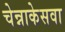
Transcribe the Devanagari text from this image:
चेन्नाकेसवा